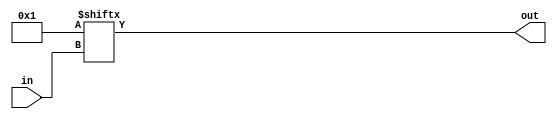
module lutN #(
    parameter N = 1,
    parameter init = 1
) (
    input [N-1:0] in,
    output out
);
  assign out = init[in];
endmodule

module LUT2_8 (
    input I0,
    input I1,
    output O
);
wire coreir_lut2_inst0_out;
wire [1:0] coreir_lut2_inst0_in;
assign coreir_lut2_inst0_in = {I1,I0};
lutN #(
    .init(4'h8),
    .N(2)
) coreir_lut2_inst0 (
    .in(coreir_lut2_inst0_in),
    .out(coreir_lut2_inst0_out)
);
assign O = coreir_lut2_inst0_out;
endmodule

module LUT2_4 (
    input I0,
    input I1,
    output O
);
wire coreir_lut2_inst0_out;
wire [1:0] coreir_lut2_inst0_in;
assign coreir_lut2_inst0_in = {I1,I0};
lutN #(
    .init(4'h4),
    .N(2)
) coreir_lut2_inst0 (
    .in(coreir_lut2_inst0_in),
    .out(coreir_lut2_inst0_out)
);
assign O = coreir_lut2_inst0_out;
endmodule

module LUT2_2 (
    input I0,
    input I1,
    output O
);
wire coreir_lut2_inst0_out;
wire [1:0] coreir_lut2_inst0_in;
assign coreir_lut2_inst0_in = {I1,I0};
lutN #(
    .init(4'h2),
    .N(2)
) coreir_lut2_inst0 (
    .in(coreir_lut2_inst0_in),
    .out(coreir_lut2_inst0_out)
);
assign O = coreir_lut2_inst0_out;
endmodule

module LUT2_1 (
    input I0,
    input I1,
    output O
);
wire coreir_lut2_inst0_out;
wire [1:0] coreir_lut2_inst0_in;
assign coreir_lut2_inst0_in = {I1,I0};
lutN #(
    .init(4'h1),
    .N(2)
) coreir_lut2_inst0 (
    .in(coreir_lut2_inst0_in),
    .out(coreir_lut2_inst0_out)
);
assign O = coreir_lut2_inst0_out;
endmodule

module Decoder2 (
    input [1:0] I,
    output [3:0] O
);
wire LUT2_1_inst0_O;
wire LUT2_2_inst0_O;
wire LUT2_4_inst0_O;
wire LUT2_8_inst0_O;
LUT2_1 LUT2_1_inst0 (
    .I0(I[0]),
    .I1(I[1]),
    .O(LUT2_1_inst0_O)
);
LUT2_2 LUT2_2_inst0 (
    .I0(I[0]),
    .I1(I[1]),
    .O(LUT2_2_inst0_O)
);
LUT2_4 LUT2_4_inst0 (
    .I0(I[0]),
    .I1(I[1]),
    .O(LUT2_4_inst0_O)
);
LUT2_8 LUT2_8_inst0 (
    .I0(I[0]),
    .I1(I[1]),
    .O(LUT2_8_inst0_O)
);
assign O = {LUT2_8_inst0_O,LUT2_4_inst0_O,LUT2_2_inst0_O,LUT2_1_inst0_O};
endmodule